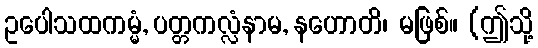
ဥပေါသထကမ္မံ, ပတ္တကလ္လံနာမ, နဟောတိ၊ မဖြစ်။ (ဤသို့